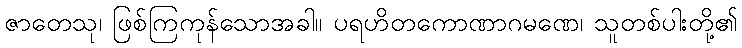
ဇာတေသု၊ ဖြစ်ကြကုန်သောအခါ။ ပရဟိတကောဏာဂမဏေ၊ သူတစ်ပါးတို့၏